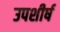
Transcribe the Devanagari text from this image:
उपशीर्ष